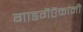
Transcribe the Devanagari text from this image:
गाडगॆऎळांनी